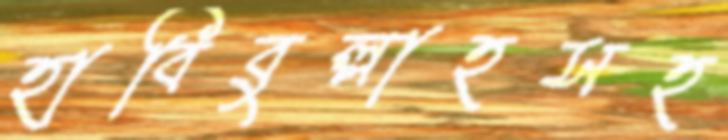
হাবিবুল্লাহসহ